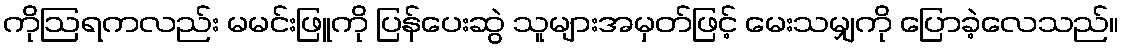
ကိုဩရကလည်း မမင်းဖြူကို ပြန်ပေးဆွဲ သူများအမှတ်ဖြင့် မေးသမျှကို ပြောခဲ့လေသည်။